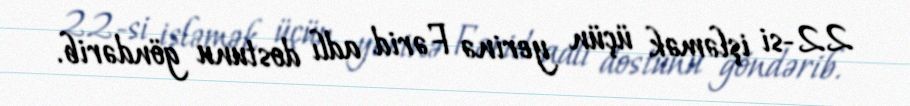
22-si işləmək üçün yerinə Fərid adlı dostunu göndərib.